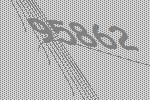
95862